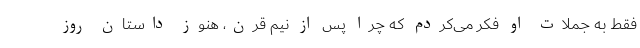
فقط به جملات او فکر می‌کردم که چرا پس از نیم قرن، هنوز داستان روز